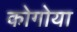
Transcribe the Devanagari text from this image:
कोगोया